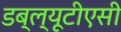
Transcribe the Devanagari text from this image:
डब्ल्यूटीएसी